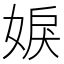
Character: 𡝢